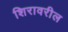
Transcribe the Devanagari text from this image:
शिरावरील